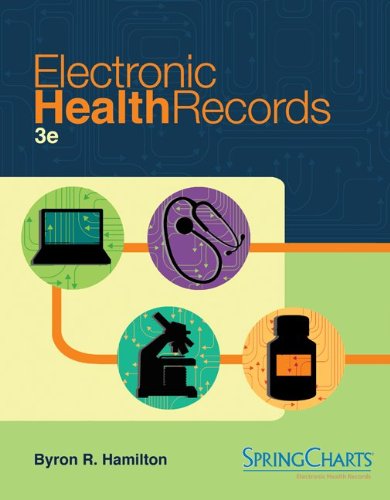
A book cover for Electronic Health Records; Byron Hamilton; Medical Books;